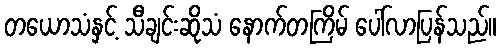
တယောသံနှင့် သီချင်းဆိုသံ နောက်တကြိမ် ပေါ်လာပြန်သည်။